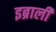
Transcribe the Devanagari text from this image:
इब्राली